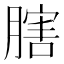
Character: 𦟈